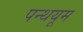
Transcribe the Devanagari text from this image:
पन्थयूम